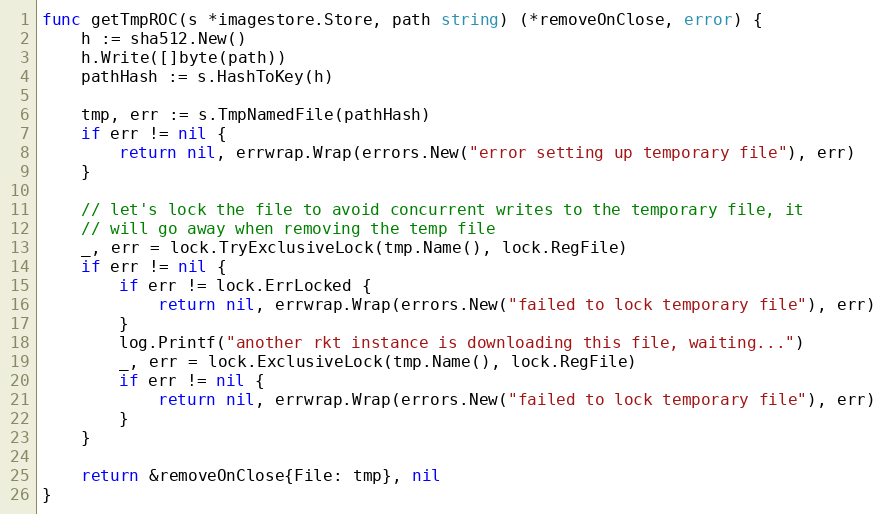
Language: Go
func getTmpROC(s *imagestore.Store, path string) (*removeOnClose, error) {
	h := sha512.New()
	h.Write([]byte(path))
	pathHash := s.HashToKey(h)

	tmp, err := s.TmpNamedFile(pathHash)
	if err != nil {
		return nil, errwrap.Wrap(errors.New("error setting up temporary file"), err)
	}

	// let's lock the file to avoid concurrent writes to the temporary file, it
	// will go away when removing the temp file
	_, err = lock.TryExclusiveLock(tmp.Name(), lock.RegFile)
	if err != nil {
		if err != lock.ErrLocked {
			return nil, errwrap.Wrap(errors.New("failed to lock temporary file"), err)
		}
		log.Printf("another rkt instance is downloading this file, waiting...")
		_, err = lock.ExclusiveLock(tmp.Name(), lock.RegFile)
		if err != nil {
			return nil, errwrap.Wrap(errors.New("failed to lock temporary file"), err)
		}
	}

	return &removeOnClose{File: tmp}, nil
}